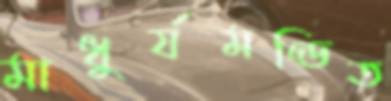
মাধুর্যমণ্ডিত